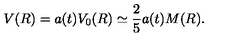
V ( R ) = a ( t ) V _ { 0 } ( R ) \simeq \frac { 2 } { 5 } a ( t ) M ( R ) .